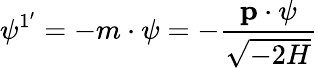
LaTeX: \psi^{1^{\prime}}=-m\cdot\psi=-\frac{{\mathbf p\cdot\psi}}{\sqrt{-2H}}